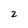
Character: 2